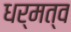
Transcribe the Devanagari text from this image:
धर्मत्व